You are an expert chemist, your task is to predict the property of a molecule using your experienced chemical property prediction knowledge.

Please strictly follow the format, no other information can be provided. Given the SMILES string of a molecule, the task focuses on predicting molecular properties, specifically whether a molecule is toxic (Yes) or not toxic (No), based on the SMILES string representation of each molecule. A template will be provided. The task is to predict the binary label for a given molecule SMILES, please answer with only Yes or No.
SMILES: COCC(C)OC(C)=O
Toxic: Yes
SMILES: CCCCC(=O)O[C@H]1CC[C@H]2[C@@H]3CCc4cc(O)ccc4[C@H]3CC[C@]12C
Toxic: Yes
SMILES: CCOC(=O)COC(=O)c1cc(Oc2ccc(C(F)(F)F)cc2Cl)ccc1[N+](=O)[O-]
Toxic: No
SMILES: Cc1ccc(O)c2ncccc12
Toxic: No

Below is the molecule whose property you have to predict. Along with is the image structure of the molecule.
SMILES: Cc1oncc1C(=O)Nc1ccc(C(F)(F)F)cc1
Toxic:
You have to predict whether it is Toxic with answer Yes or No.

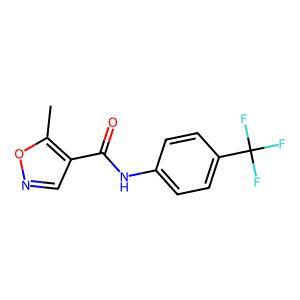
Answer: No